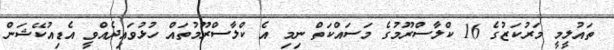
ތައުލީމީ މަރުކަޒުގެ 16 ކްލާސްރޫމުގެ މަސައްކަތް ނިމި އެ ކްލާސްރޫމުތައް ހުޅުވައިދެއްވީ އެޑިއުކޭޝަން